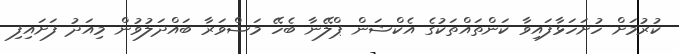
ކުރުމަށް ހުށަހަޅާފައިވާ ކަންތައްތަކުގެ އެކްޝަން ޕްލޭނާ ބެހޭ މަޝްވަރާ ބައްދަލުވުން މިއަދު ފަށައިފި